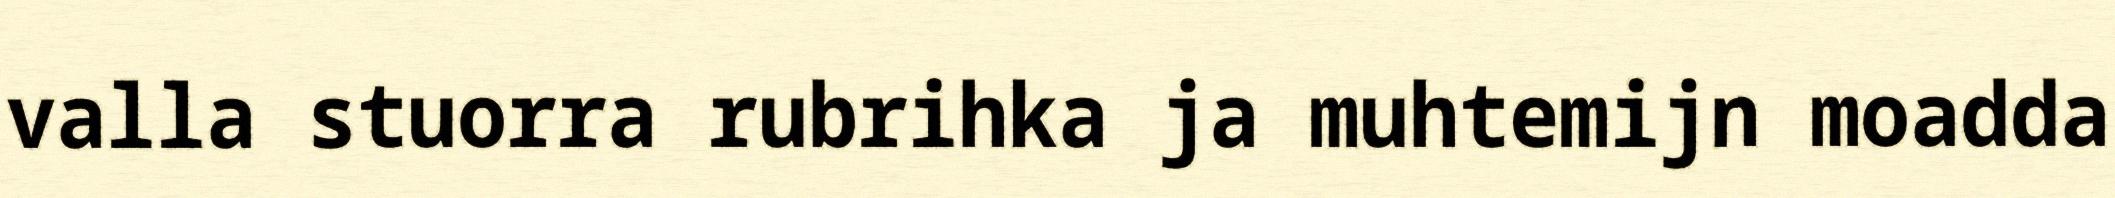
valla stuorra rubrihka ja muhtemijn moadda